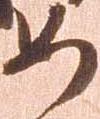
如